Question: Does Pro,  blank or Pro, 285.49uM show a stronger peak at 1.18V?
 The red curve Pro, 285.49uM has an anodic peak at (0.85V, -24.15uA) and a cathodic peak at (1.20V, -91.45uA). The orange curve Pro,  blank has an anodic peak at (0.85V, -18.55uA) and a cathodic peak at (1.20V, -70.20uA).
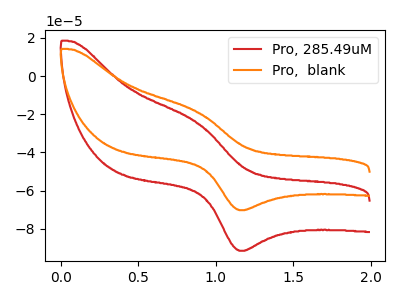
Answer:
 <answer>The peak at 1.18V is lower in "Pro,  blank" than in "Pro, 285.49uM".</answer>
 <eval>lower</eval>